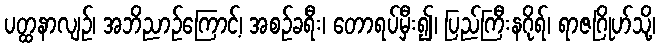
ပတ္ထနာလျဉ်၊ အဘိညာဉ်ကြောင့်၊ အစဉ်ခရီး၊ တောရပ်မှီး၍၊ ပြည်ကြီးနဂိုရ်၊ ရာဇဂြိုဟ်သို့၊